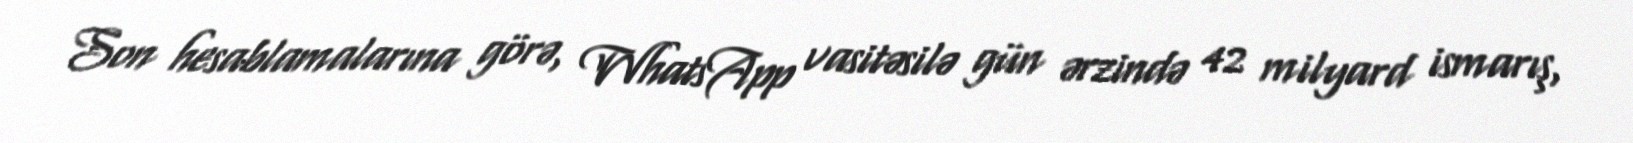
Son hesablamalarına görə, WhatsApp vasitəsilə gün ərzində 42 milyard ismarış,